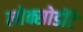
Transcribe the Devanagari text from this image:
लोक्सोडोंटे